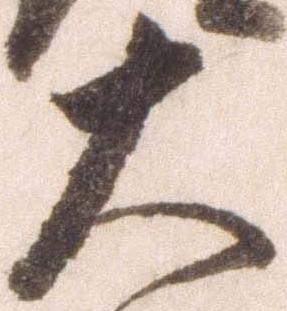
大